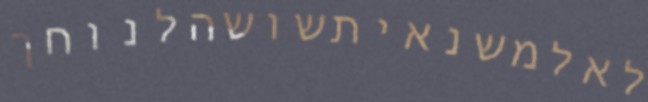
לאלמשנאיתשושהלנוחך